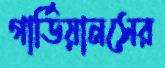
গার্ডিয়ানসের